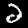
Digit: 2